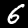
Label: 6